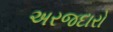
અરજદારો